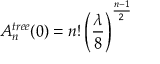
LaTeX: A _ { n } ^ { t r e e } ( 0 ) = n ! \left( { \frac { \lambda } { 8 } } \right) ^ { \frac { n - 1 } { 2 } }